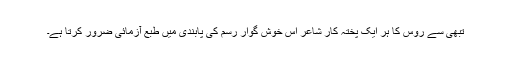
تبھی سے روس کا ہر ایک پختہ کار شاعر اس خوش گوار رسم کی پابندی میں طبع آزمائی ضرور کرتا ہے۔